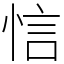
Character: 𢚘